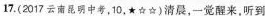
17.(2017云南昆明中考，10.★☆☆)清晨，一觉醒来，听到